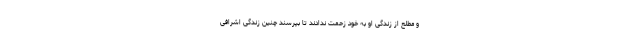
و مطلع از زندگی او به خود زحمت ندادند تا بپرسند چنین زندگی اشرافی